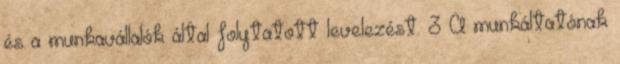
és a munkavállalók által folytatott levelezést. 3 A munkáltatónak